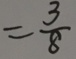
= \frac { 3 } { 8 }